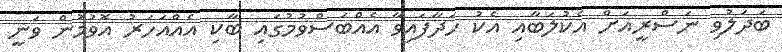
ބަދަލުވި ނަސްރީއަށް އެކުލަބާއި އެކު ހަދާފައިވާ އެއްބަސްވުމުގައި ބާކި އެއްއަހަރު އޮވުމުން ވަނީ